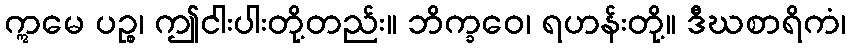
ဣမေ ပဉ္စ၊ ဤငါးပါးတို့တည်း။ ဘိက္ခဝေ၊ ရဟန်းတို့။ ဒီဃစာရိကံ၊